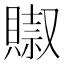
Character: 𧷌